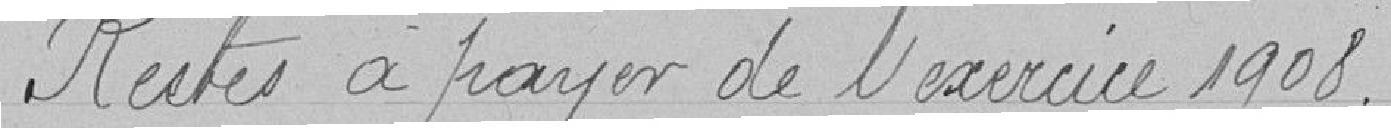
Restes à payer de l'exercice 1908